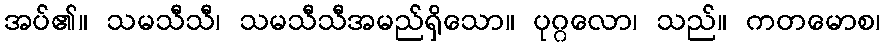
အပ်၏။ သမသီသီ၊ သမသီသီအမည်ရှိသော။ ပုဂ္ဂလော၊ သည်။ ကတမောစ၊